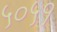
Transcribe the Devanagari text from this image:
५०५१